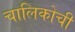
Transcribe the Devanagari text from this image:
चालिकोची